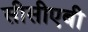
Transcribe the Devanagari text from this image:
सीसीएबी